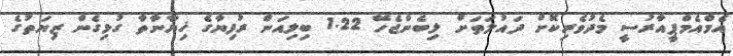
އެމްއެމްޕީއާރުސީ މެދުވެރިކޮށް ދައުލަތަށް ލިބެންޖެހޭ 1.22 ބިލިއަން ރުފިޔާގެ ޚިޔާނާތާ ގުޅިގެން ޒިޔަތުގެ